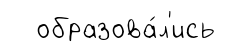
образова́л'ись